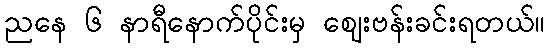
ညနေ ၆ နာရီနောက်ပိုင်းမှ ဈေးဗန်းခင်းရတယ်။